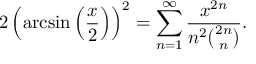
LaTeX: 2 \left( \arcsin \left( { \frac { x } { 2 } } \right) \right) ^ { 2 } = \sum _ { n = 1 } ^ { \infty } { \frac { x ^ { 2 n } } { n ^ { 2 } { \binom { 2 n } { n } } } } .